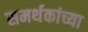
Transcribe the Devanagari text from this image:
समर्थकांच्या